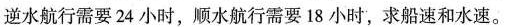
逆水航行需要24小时，顺水航行需要18小时，求船速和水速。